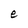
Character: e